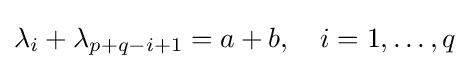
\lambda _{i}+\lambda _{p+q-i+1}=a+b,\quad {i=1,\dots ,q}